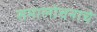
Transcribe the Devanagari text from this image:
समालोचनाचे